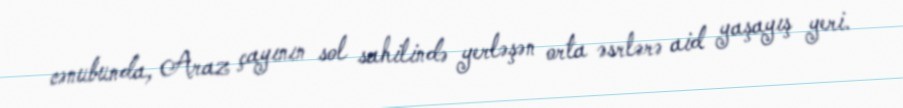
cənubunda, Araz çayının sol sahilində yerləşən orta əsrlərə aid yaşayış yeri.